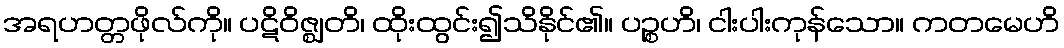
အရဟတ္တဖိုလ်ကို။ ပဋိဝိဇ္ဈတိ၊ ထိုးထွင်း၍သိနိုင်၏။ ပဉ္စဟိ၊ ငါးပါးကုန်သော။ ကတမေဟိ